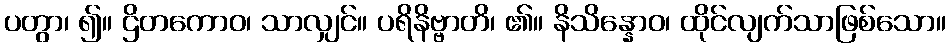
ပတွာ၊ ၍။ ဌိတကောဝ၊ သာလျှင်။ ပရိနိဗ္ဗာတိ၊ ၏။ နိသိန္နောဝ၊ ထိုင်လျက်သာဖြစ်သော။